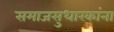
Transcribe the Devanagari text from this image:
समाजसुधारकांना